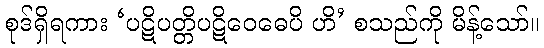
စုဒ်ရှိရကား ‘ပဋိပတ္တိပဋိဝေဓေပိ ဟိ’ စသည်ကို မိန့်သော်။